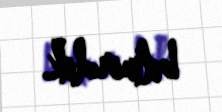
bilmirdik.